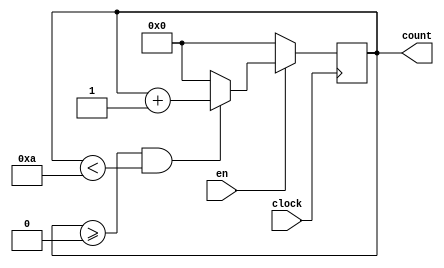
module decadecounter(en, clock, count);
input en, clock; 
 output reg [3:0] count;
  
  always @( posedge clock)
    begin
      if(en) 
        begin
          
    	  if ( count>=4'd0 && count<4'd10)
      	  count<=count+4'd1;
           
       	 else
          count<=4'd0;
          
        end
      
      else 
        count<=4'd0;
    end
endmodule